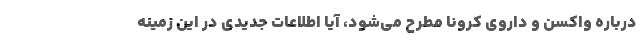
درباره واکسن و داروی کرونا مطرح می‌شود، آیا اطلاعات جدیدی در این زمینه